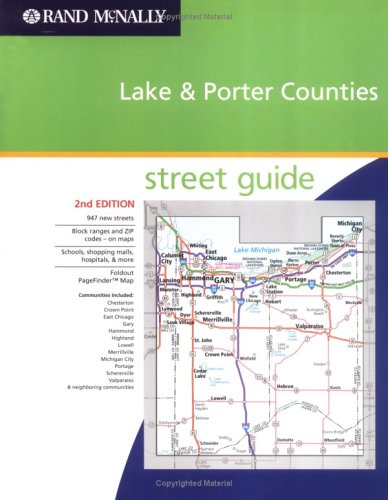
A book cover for Rand McNally Lake & Porter Counties: Street Guide (Rand McNally Lake & Porter Counties (Indiana) Street Guide); Rand McNally and Company; Travel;